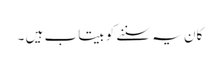
کان یہ سننے کو بیتاب ہیں ۔